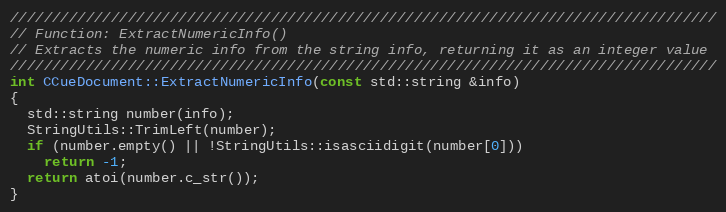
Language: C++
////////////////////////////////////////////////////////////////////////////////////
// Function: ExtractNumericInfo()
// Extracts the numeric info from the string info, returning it as an integer value
////////////////////////////////////////////////////////////////////////////////////
int CCueDocument::ExtractNumericInfo(const std::string &info)
{
  std::string number(info);
  StringUtils::TrimLeft(number);
  if (number.empty() || !StringUtils::isasciidigit(number[0]))
    return -1;
  return atoi(number.c_str());
}